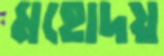
মহোদয়